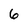
Character: 6